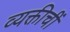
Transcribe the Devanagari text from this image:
व्यक्तीचीं